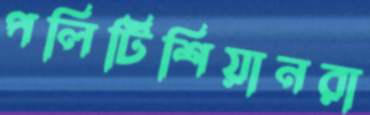
পলিটিশিয়ানরা